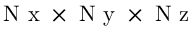
\mathrm { ~ N ~ x ~ } \times \mathrm { ~ N ~ y ~ } \times \mathrm { ~ N ~ z ~ }